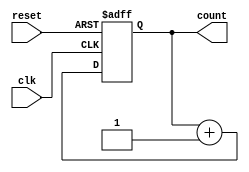
////////////////////////////////////////
//  Functionality: 10 bit up counter 
//  Coder: M Usman Kiani
////////////////////////////////////////

module counterup10_1clk_async_resetp(clk, reset, count);
	input clk, reset;
	output [9:0] count;
	reg [9:0] count;                                   
	
    initial begin
      count <= 0;
    end
	
	always @ (posedge clk or posedge reset) begin
		if (reset)
		  count <= 0;
		else 
		  count <= count + 1;
	end

endmodule